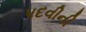
પદવીની